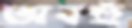
অবহুঁ